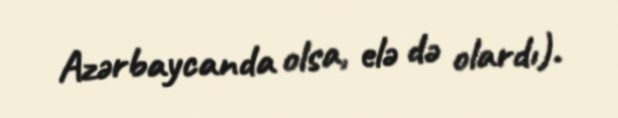
Azərbaycanda olsa, elə də olardı).